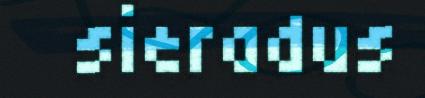
sieradus